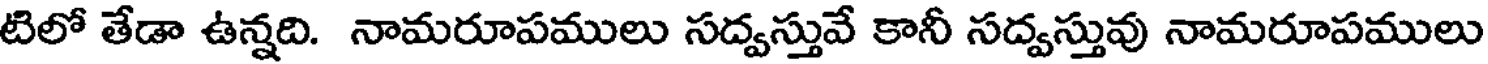
టిలో తేడా ఉన్నది. నామరూపములు సద్వస్తువే కానీ సద్వస్తువు నామరూపములు